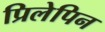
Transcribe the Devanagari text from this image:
प्रिलेपिन